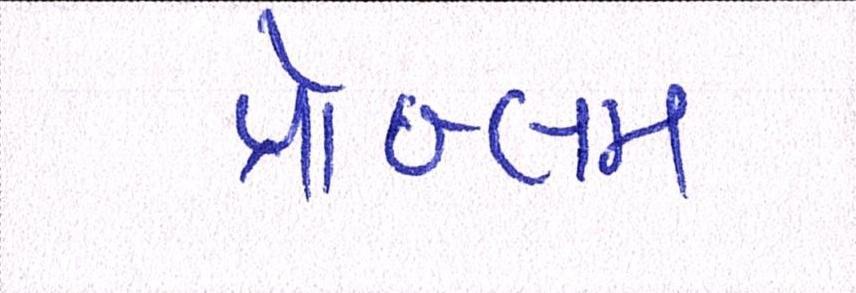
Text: પ્રૉબ્લમ